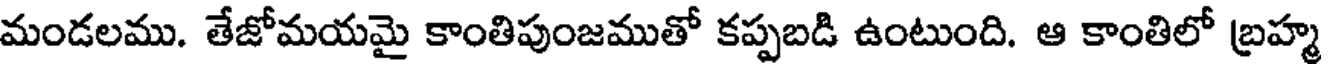
మండలము. తేజోమయమై కాంతిపుంజముతో కప్పబడి ఉంటుంది. ఆ కాంతిలో బ్రహ్మ